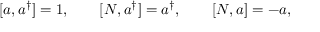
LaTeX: [ a , a ^ { \dagger } ] = 1 , \qquad [ N , a ^ { \dagger } ] = a ^ { \dagger } , \qquad [ N , a ] = - a ,